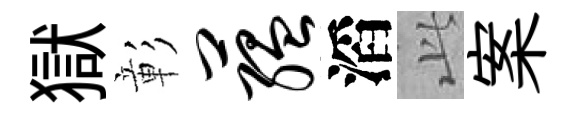
獄彰蕴滔𬼘案